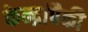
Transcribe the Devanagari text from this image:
केन्द्रांपैकी